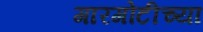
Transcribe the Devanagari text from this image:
गारगोटीच्या